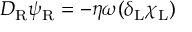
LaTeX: D _ { \mathrm { { R } } } \psi _ { \mathrm { { R } } } = - \eta \omega ( \delta _ { \mathrm { { L } } } \chi _ { \mathrm { { L } } } )